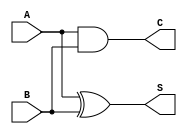
module half_adder(
    output  S,
    output  C,
    input   A,
    input   B
    );

    xor(S, A, B);
    and(C, A, B);
endmodule